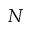
N